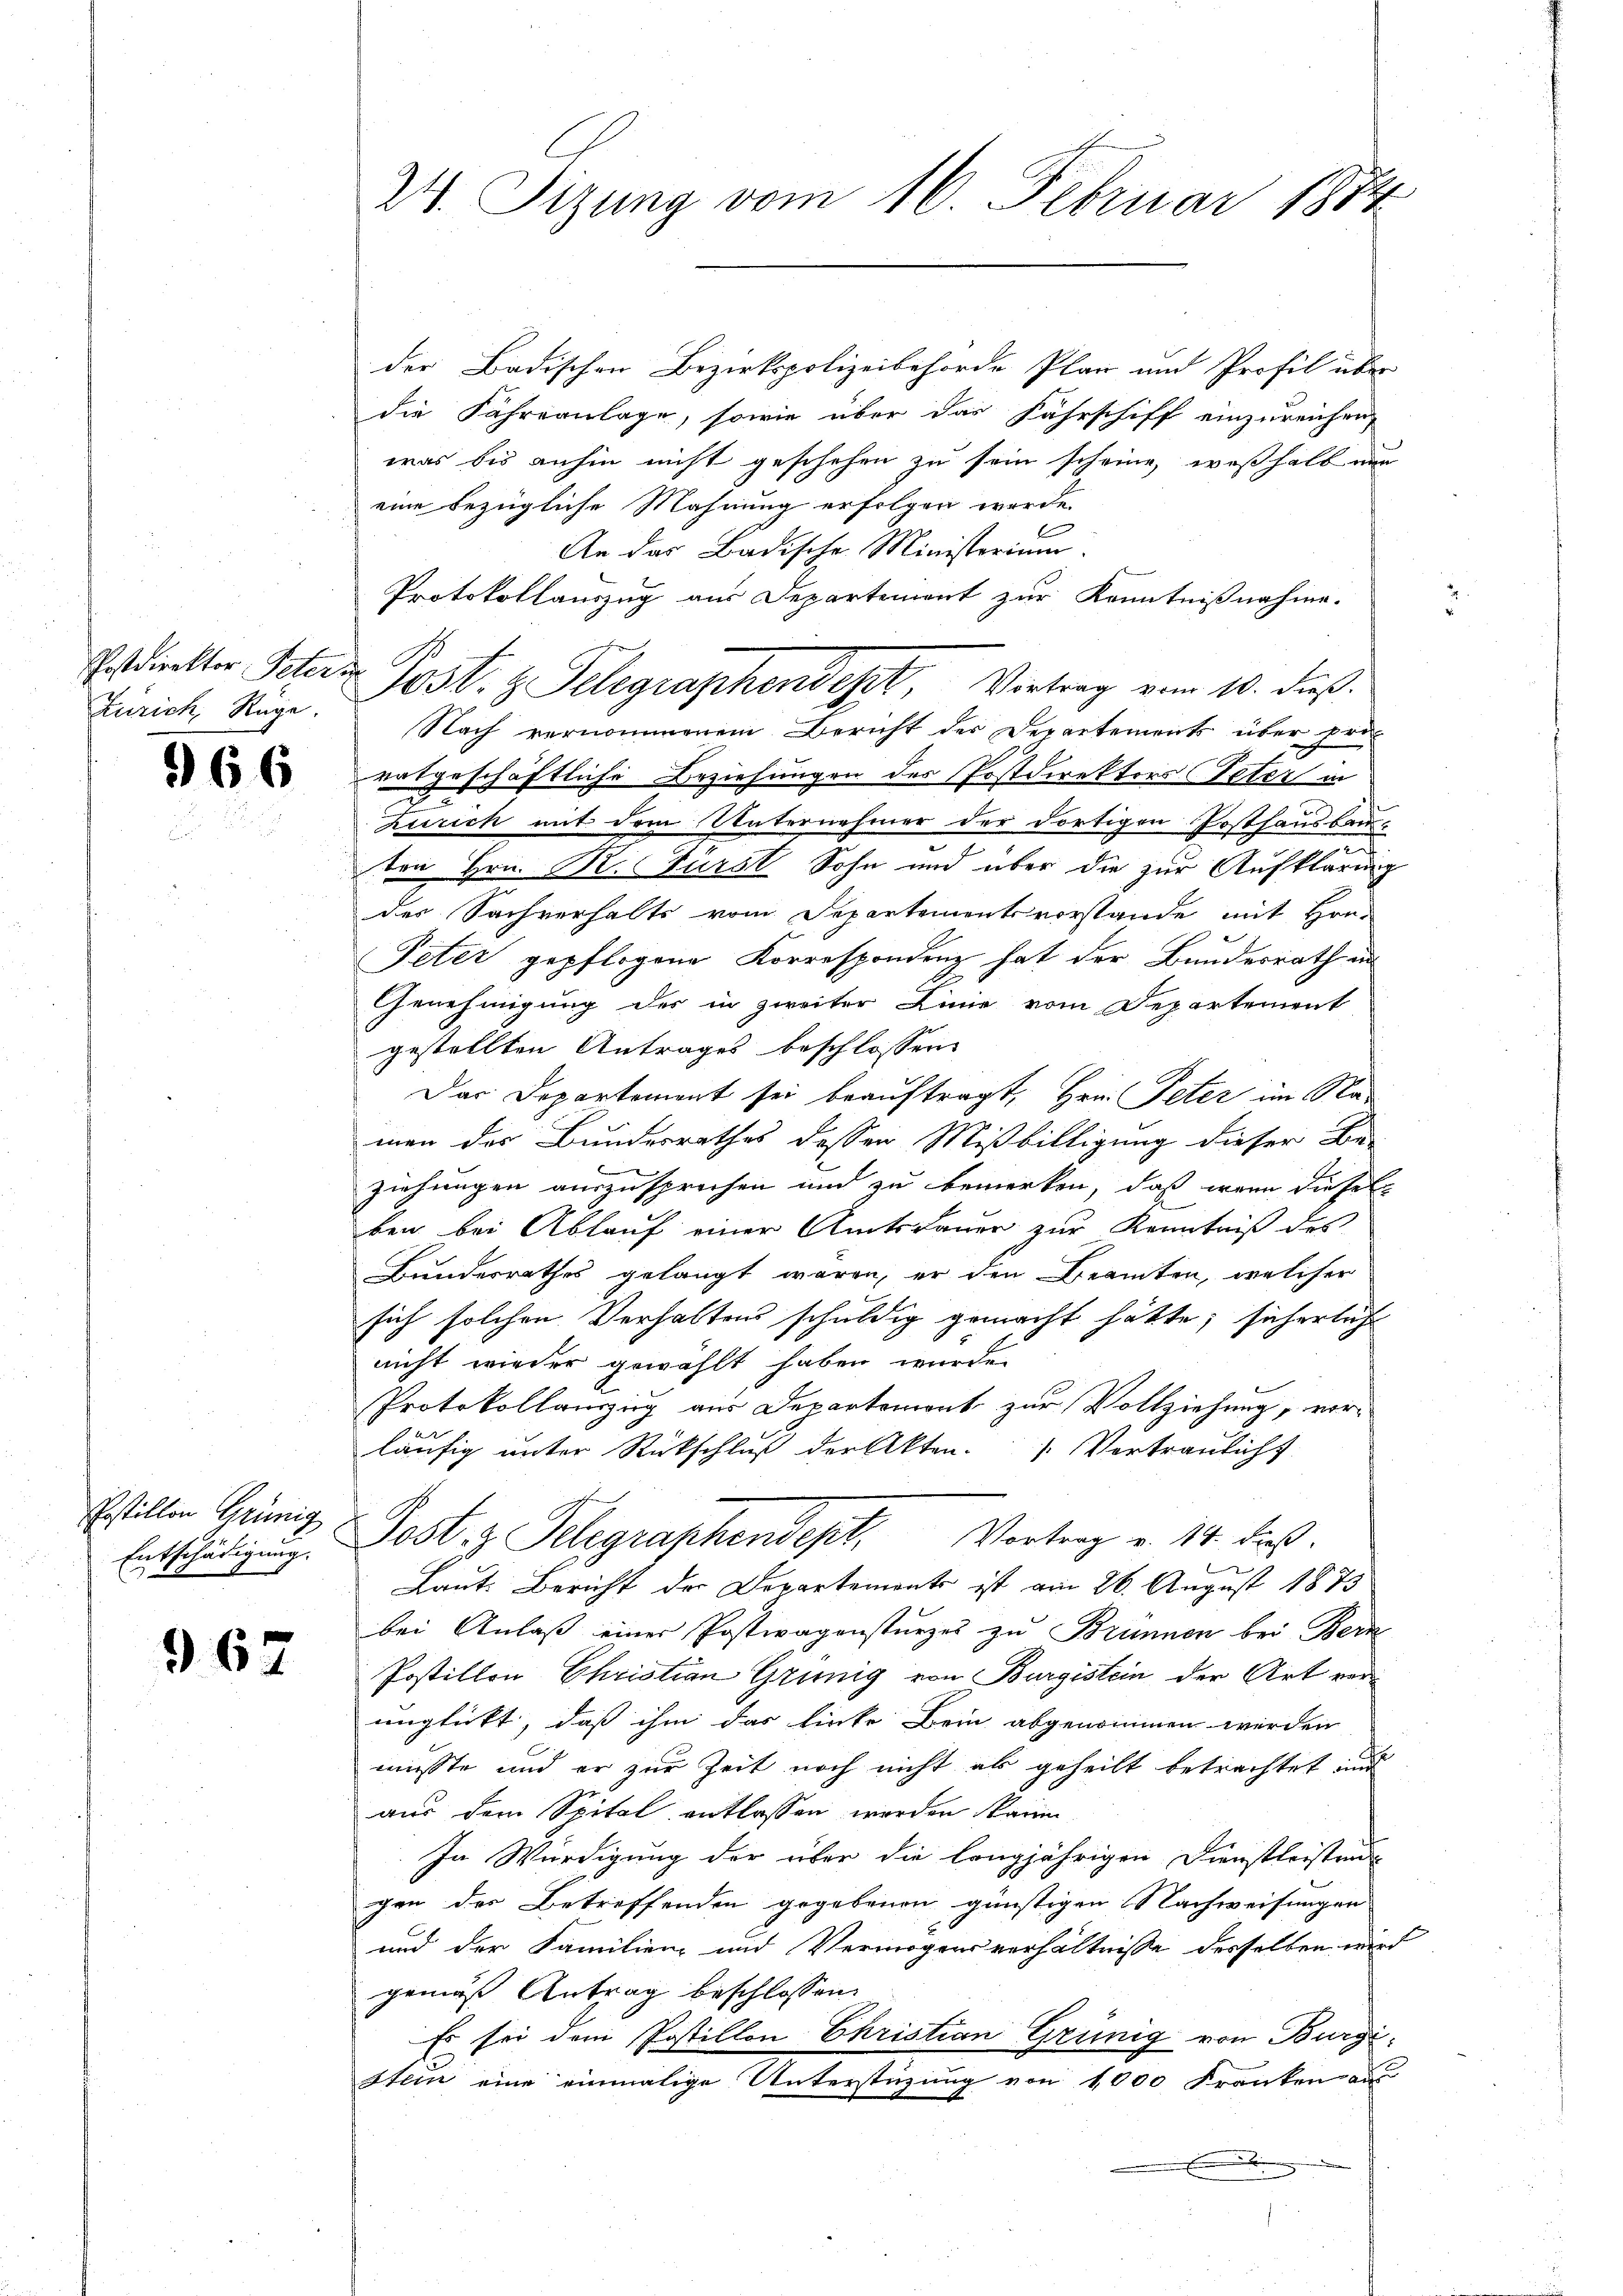
Erstdirektor Peterm
Kririch, Rage.

966

hostillen Grünig

967

der Badischen Bezirkspolizeibehörde Plan und Profil über
die Fähreanlage, sowie über das Fahrschiff einzureichen,
was bis anhin nicht geschehen zu sein scheine, weßhalb nun
eine bezügliche Mahnung erfolgen werde.
An das Badische Ministerium.
Protokollauszug aus Departement zur Kenntnißnahme.
Nach vernommenem Bericht der Departements über pri
ratgeschäftliche Beziehungen des Postdirektors Peter in
Zürich mit dem Unternehmer der dortigen Posthausbau-
ten Hrn. Pr. Fürst Sohn und über die zur Aufklärung
des Sachverhalts vom Departementsvorstande mit Hrn.
Peter gepflogene Korrespondenz hat der Bundesrath an
Genehmigung des in zweiter Linie vom Departement
gestellten Antrages beschlossen:
Das Departement sei beauftragt, Hrn. Peter im Na-
man des Bundesrathes dessen Mißbilligung dieser Be-
.
ziehungen auszusprechen und zu bemerken, daß wenn dieselben bei Ablauf einer Amtsdauer zur Kenntniß des
Bundesrathes gelangt waren, er den Beamten, welcher
sich solchen Verhaltens schuldig gemacht hätte; sicherlicht
nicht wieder gewählt haben würde.
Protokollauszug aus Departemont zur Vollziehung, vorläufig unter Rückschluß der Akten. Vertraulicht
Entschädigung. Post z. Telegraphendept. Vortrag v. 14. dieß.
Laut Bericht der Departements ist am 26. August 1873
bei Anlaß einer Postivagensturzes zu Brunnen bei Berz
Postitten Christian Grünig von Burgistein der Art verunglückt, daß ihm das linke Bein abgenommen werden
müsste und er zur Zeit noch nicht als geheilt betrachtet und
aus dem Spital entlassen werden kann
In Würdigung der über die langjährigen Dienstleistens
gen des Betreffenden gegebenen günstigen Nachweisungen
und der Familien und Vermögensverhältnisse desselben wird
gemäß Antrag beschlossen:
Es sei dem Postillen Christian Grünig von Burgi¬
Stein eine einmalige Unterstüzung von 1000 Franken aus
.

24. Tizung vom 16. Februar 1874

1034. z. Telegraphendept, Vortrag vom 10. dieß.